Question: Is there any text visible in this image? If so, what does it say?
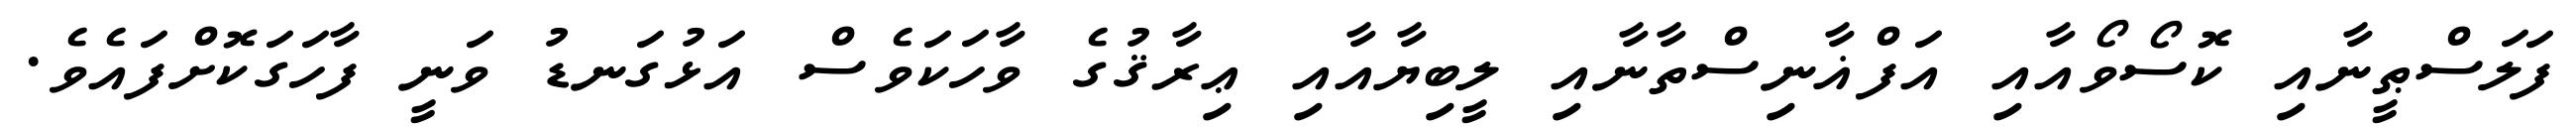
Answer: ފަލަސްޠީނާއި ކޮސޯވޯއާއި އަފްޣާނިސްތާނާއި ލީބިޔާއާއި ޢިރާޤުގެ ވާހަކަވެސް އަޅުގަނޑު ވަނީ ފާހަގަކޮށްފައެވެ.